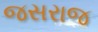
જસરાજ